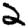
Digit: 2